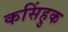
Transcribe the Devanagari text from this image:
कसिंहुक